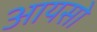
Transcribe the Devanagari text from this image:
आयसो